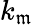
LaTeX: k_{\mathfrak{m}}